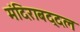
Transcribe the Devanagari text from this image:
मंदिराबद्दल